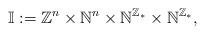
LaTeX: \begin{align*}\mathbb{I}:=\mathbb{Z}^n\times\mathbb{N}^n\times\mathbb{N}^{\mathbb{Z}_*}\times\mathbb{N}^{\mathbb{Z}_*},\end{align*}